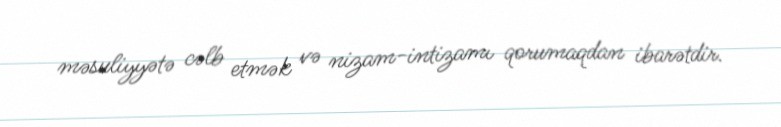
məsuliyyətə cəlb etmək və nizam-intizamı qorumaqdan ibarətdir.